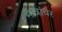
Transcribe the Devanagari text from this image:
मात्रांवर